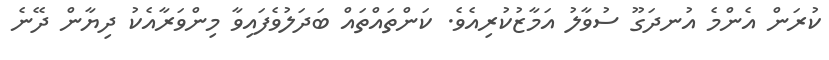
ކުރަން އެންމެ އުނދަގޫ ސުވާލު އަމާޒުކުރިއެވެ. ކަންތައްތައް ބަދަލުވެފައިވާ މިންވަރާއެކު ދިޔާން ދޭނެ